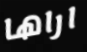
اراها